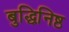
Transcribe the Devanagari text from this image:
बुद्धिनि़ष्ठ